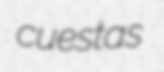
cuestas